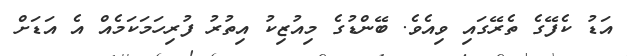
އަޑު ކެފޭގެ ތެރޭގައި ވިއެވެ. ބޭންޑުގެ މިއުޒިކު އިތުރު ފުރިހަމަކަމެއް އެ އަޑަށް